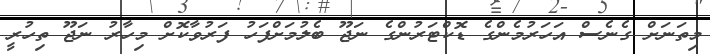
މިތަނަށް ގެނެސް އަހަރުމެންގެ ޑޮކްޓަރުންގެ ނަޖޫ ބެލުމަށްފަހު ފަރުވާކޮށް މިހާރު ނަޖޫ ތިހުރީ